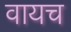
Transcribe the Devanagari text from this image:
वायच